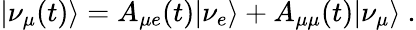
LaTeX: |\nu_{\mu}(t)\rangle=A_{\mu e}(t)|\nu_{e}\rangle+A_{\mu\mu}(t)|\nu_{\mu}\rangle~.